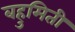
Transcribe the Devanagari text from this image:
बहुमिती